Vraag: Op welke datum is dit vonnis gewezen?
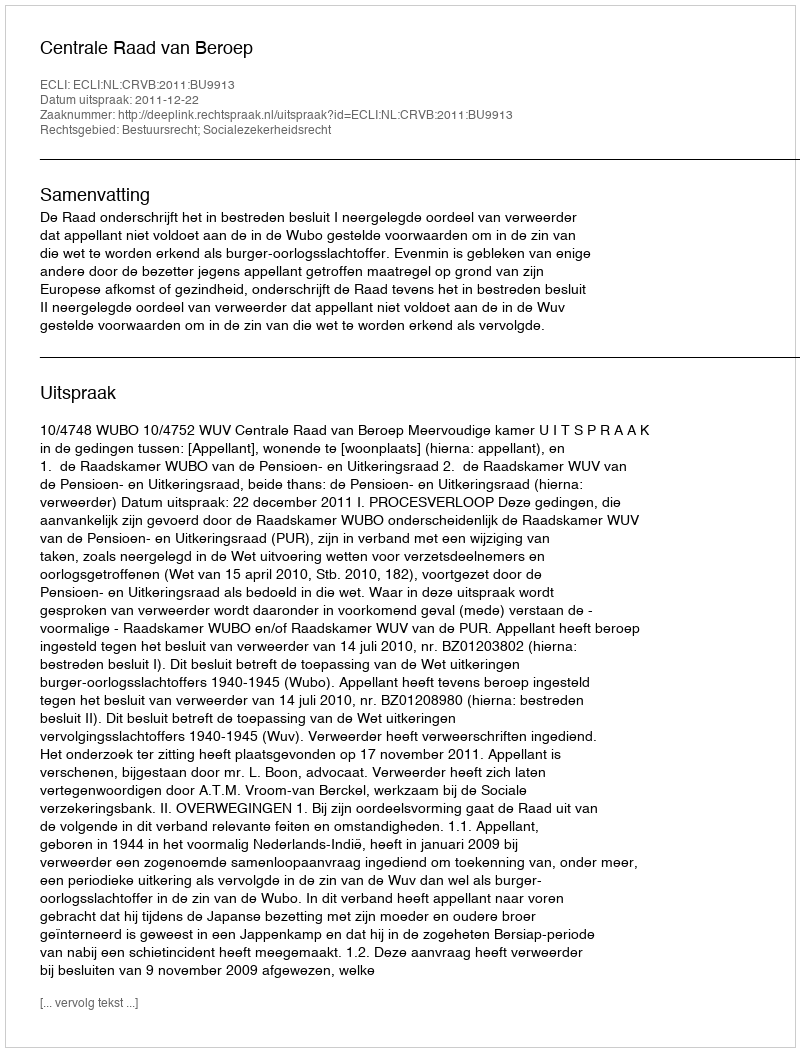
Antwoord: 2011-12-22